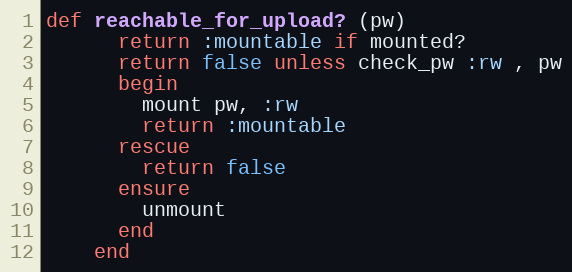
Language: Ruby
def reachable_for_upload? (pw)
      return :mountable if mounted?
      return false unless check_pw :rw , pw
      begin
        mount pw, :rw
        return :mountable
      rescue
        return false
      ensure
        unmount
      end
    end